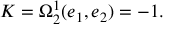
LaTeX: K = \Omega _ { 2 } ^ { 1 } ( e _ { 1 } , e _ { 2 } ) = - 1 .